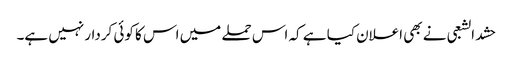
حشد الشعبی نے بھی اعلان کیا ہے کہ اس حملے میں اس کا کوئی کردار نہیں ہے۔